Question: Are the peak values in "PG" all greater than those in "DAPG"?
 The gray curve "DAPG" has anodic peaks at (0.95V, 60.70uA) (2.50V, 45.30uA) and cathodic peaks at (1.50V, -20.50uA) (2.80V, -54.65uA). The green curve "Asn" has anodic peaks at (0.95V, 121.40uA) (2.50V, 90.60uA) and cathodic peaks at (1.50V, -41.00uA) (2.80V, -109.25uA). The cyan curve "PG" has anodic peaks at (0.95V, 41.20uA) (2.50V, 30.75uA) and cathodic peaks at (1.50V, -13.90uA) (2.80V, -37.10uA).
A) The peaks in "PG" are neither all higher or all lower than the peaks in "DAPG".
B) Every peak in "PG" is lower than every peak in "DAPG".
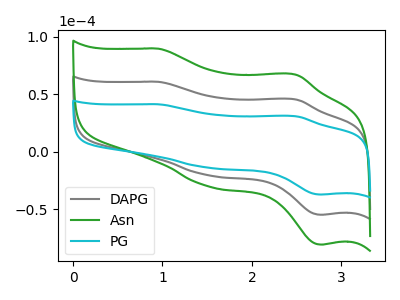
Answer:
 <answer>B) Every peak in "PG" is lower than every peak in "DAPG".</answer>
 <eval>B</eval>